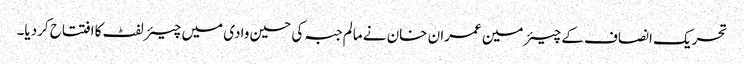
تحریک انصاف کے چیئرمین عمران خان نے مالم جبہ کی حسین وادی میں چیئرلفٹ کا افتتاح کردیا۔